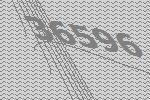
36596